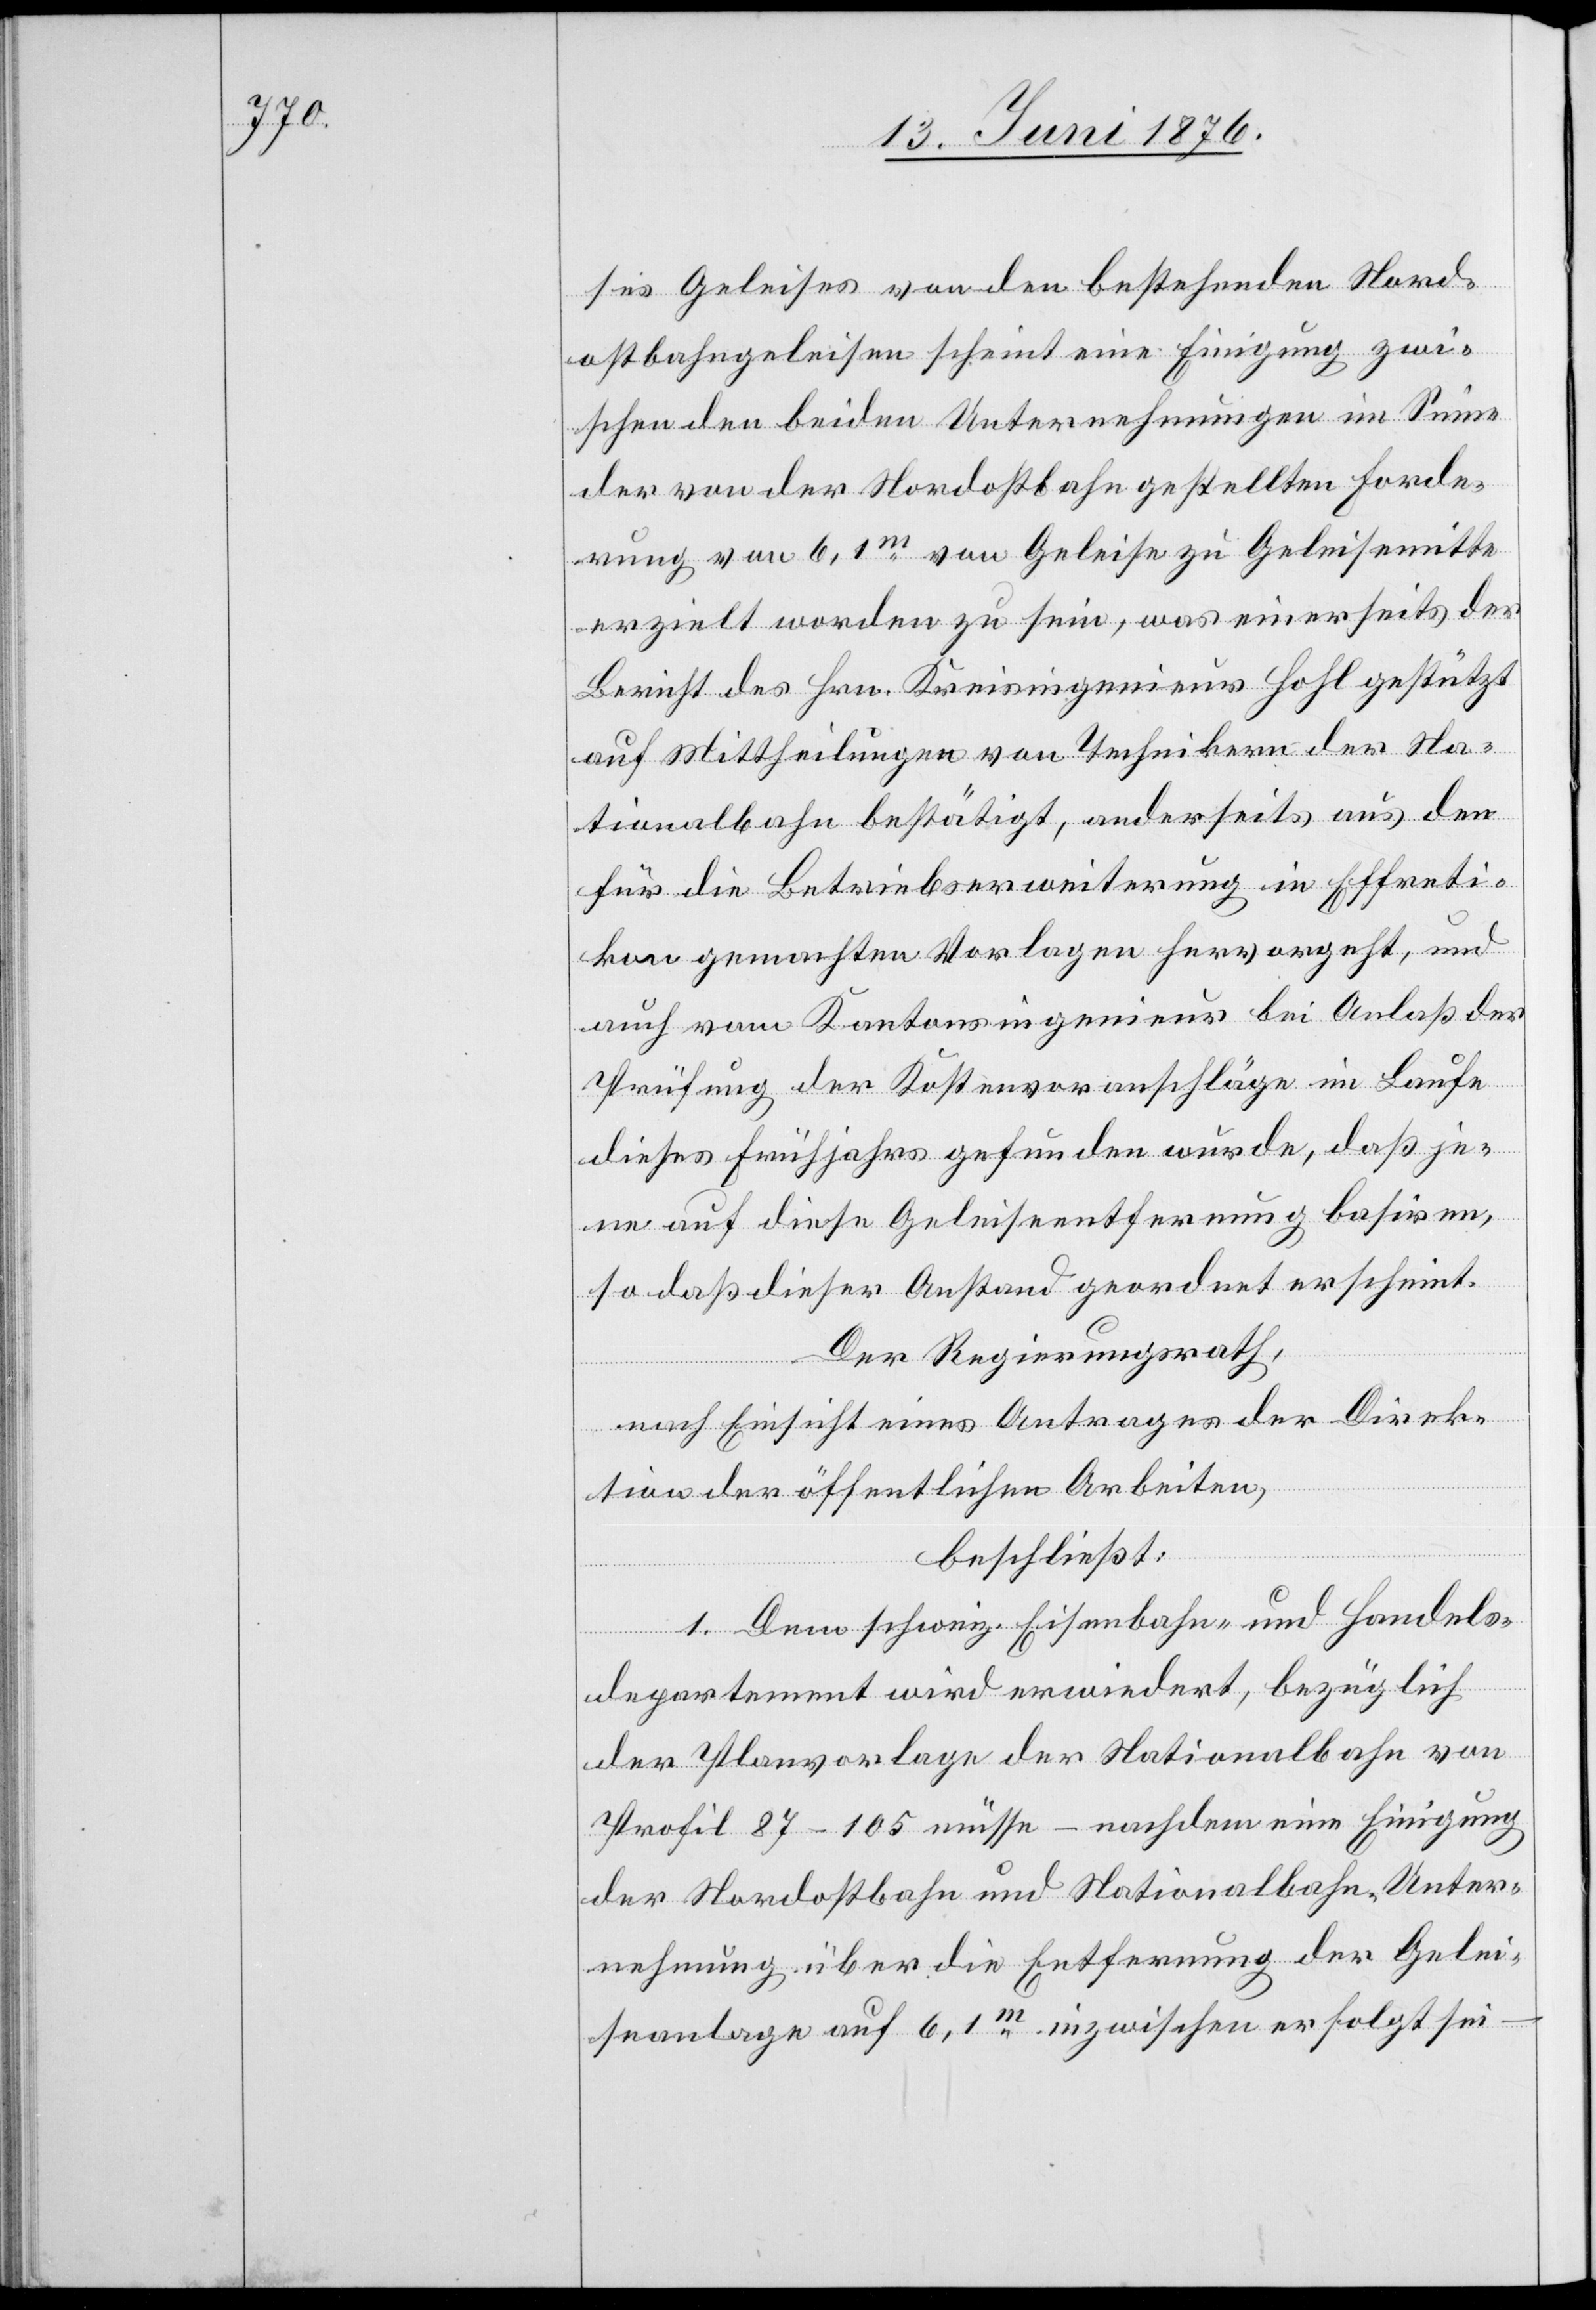
ses Geleises von den bestehenden Nord¬
ostbahngeleisen scheint eine Einigung zwi¬
schen den beiden Unternehmungen im Sinne
der von der Nordostbahn gestellten Forde¬
rung von 6,1m von Geleise zu Geleisemitte
erzielt worden zu sein, was einerseits der
Bericht des Hrn. Kreisingenieur Hohl gestützt
auf Mittheilungen von Technikern der Na¬
tionalbahn bestätigt, andererseits aus den
für die Betriebserweiterung in Effreti¬
kon gemachten Vorlagen hervorgeht, und
auch vom Kantonsingenieur bei Anlaß der
Prüfung der Kostenvoranschläge im Laufe
dieses Frühjahres gefunden wurde, daß je¬
ne auf diese Geleiseentfernung basiren,
so daß dieser Anstand geordnet erscheint.
Der Regierungsrath,
nach Einsicht eines Antrages der Direk¬
tion der öffentlichen Arbeiten,
beschließt:
1. Dem schweiz. Eisenbahn- und Handels¬
departement wird erwiedert, bezüglich
der Planvorlage der Nationalbahn von
Profil 87–105 müsse – nachdem eine Einigung
der Nordostbahn und Nationalbahn-Unter¬
nehmung über die Entfernung der Gelei¬
seanlage auf 6,1m inzwischen erfolgt sei